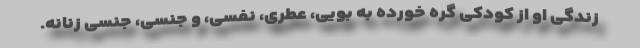
زندگی او از کودکی گره خورده به بویی، عطری، نفسی، و جنسی، جنسی زنانه.